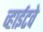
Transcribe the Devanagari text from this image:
व्हाईटवे